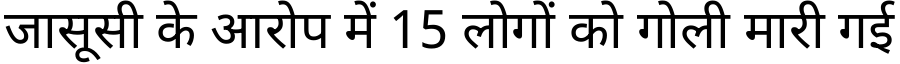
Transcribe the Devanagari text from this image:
जासूसी के आरोप में 15 लोगों को गोली मारी गई